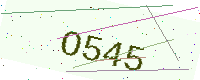
Text: O545